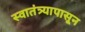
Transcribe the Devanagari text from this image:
स्वातंत्र्यापासून